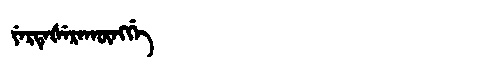
Manchu: ᠶᡝᡵᡨᡝᡧᡝᡵᠠᡴᡡᠩᡤᡝ
Romanization: YERTEŠERAKŪNGGE